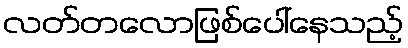
လတ်တလောဖြစ်ပေါ်နေသည့်